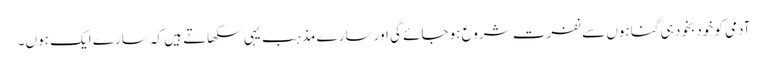
آدمی کو خود بخود ہی گناہوں سے نفرت شروع ہو جائے گی اور سارے مذہب یہی سکھاتے ہیں کہ سارے ایک ہو ں۔